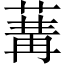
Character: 𦵷